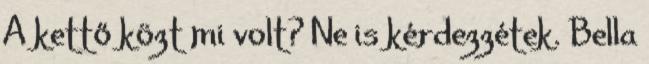
A kettő közt mi volt? Ne is kérdezzétek. Bella